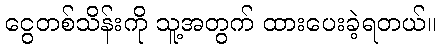
ငွေတစ်သိန်းကို သူ့အတွက် ထားပေးခဲ့ရတယ်။